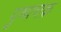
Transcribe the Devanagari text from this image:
पुष्पचक्र